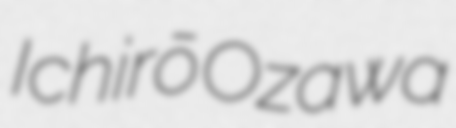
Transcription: Ichirō Ozawa